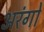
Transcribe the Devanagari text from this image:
अरंगो